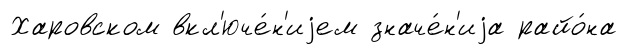
Харовском вкл'юче́н'иjем значе́н'иjа райо́на